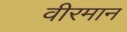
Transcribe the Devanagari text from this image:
वीरमान